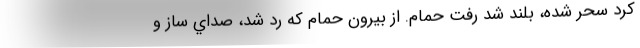
كرد سحر شده، بلند شد رفت حمام. از بیرون حمام كه رد شد، صداي ساز و